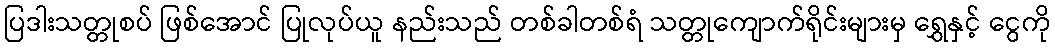
ပြဒါးသတ္တုစပ် ဖြစ်အောင် ပြုလုပ်ယူ နည်းသည် တစ်ခါတစ်ရံ သတ္တုကျောက်ရိုင်းများမှ ရွှေနှင့် ငွေကို